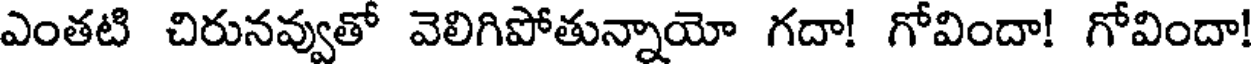
ఎంతటి చిరునవ్వుతో వెలిగిపోతున్నాయో గదా! గోవిందా! గోవిందా!